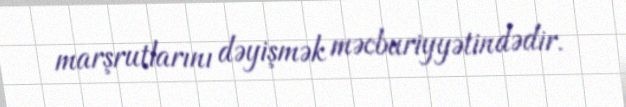
marşrutlarını dəyişmək məcburiyyətindədir.